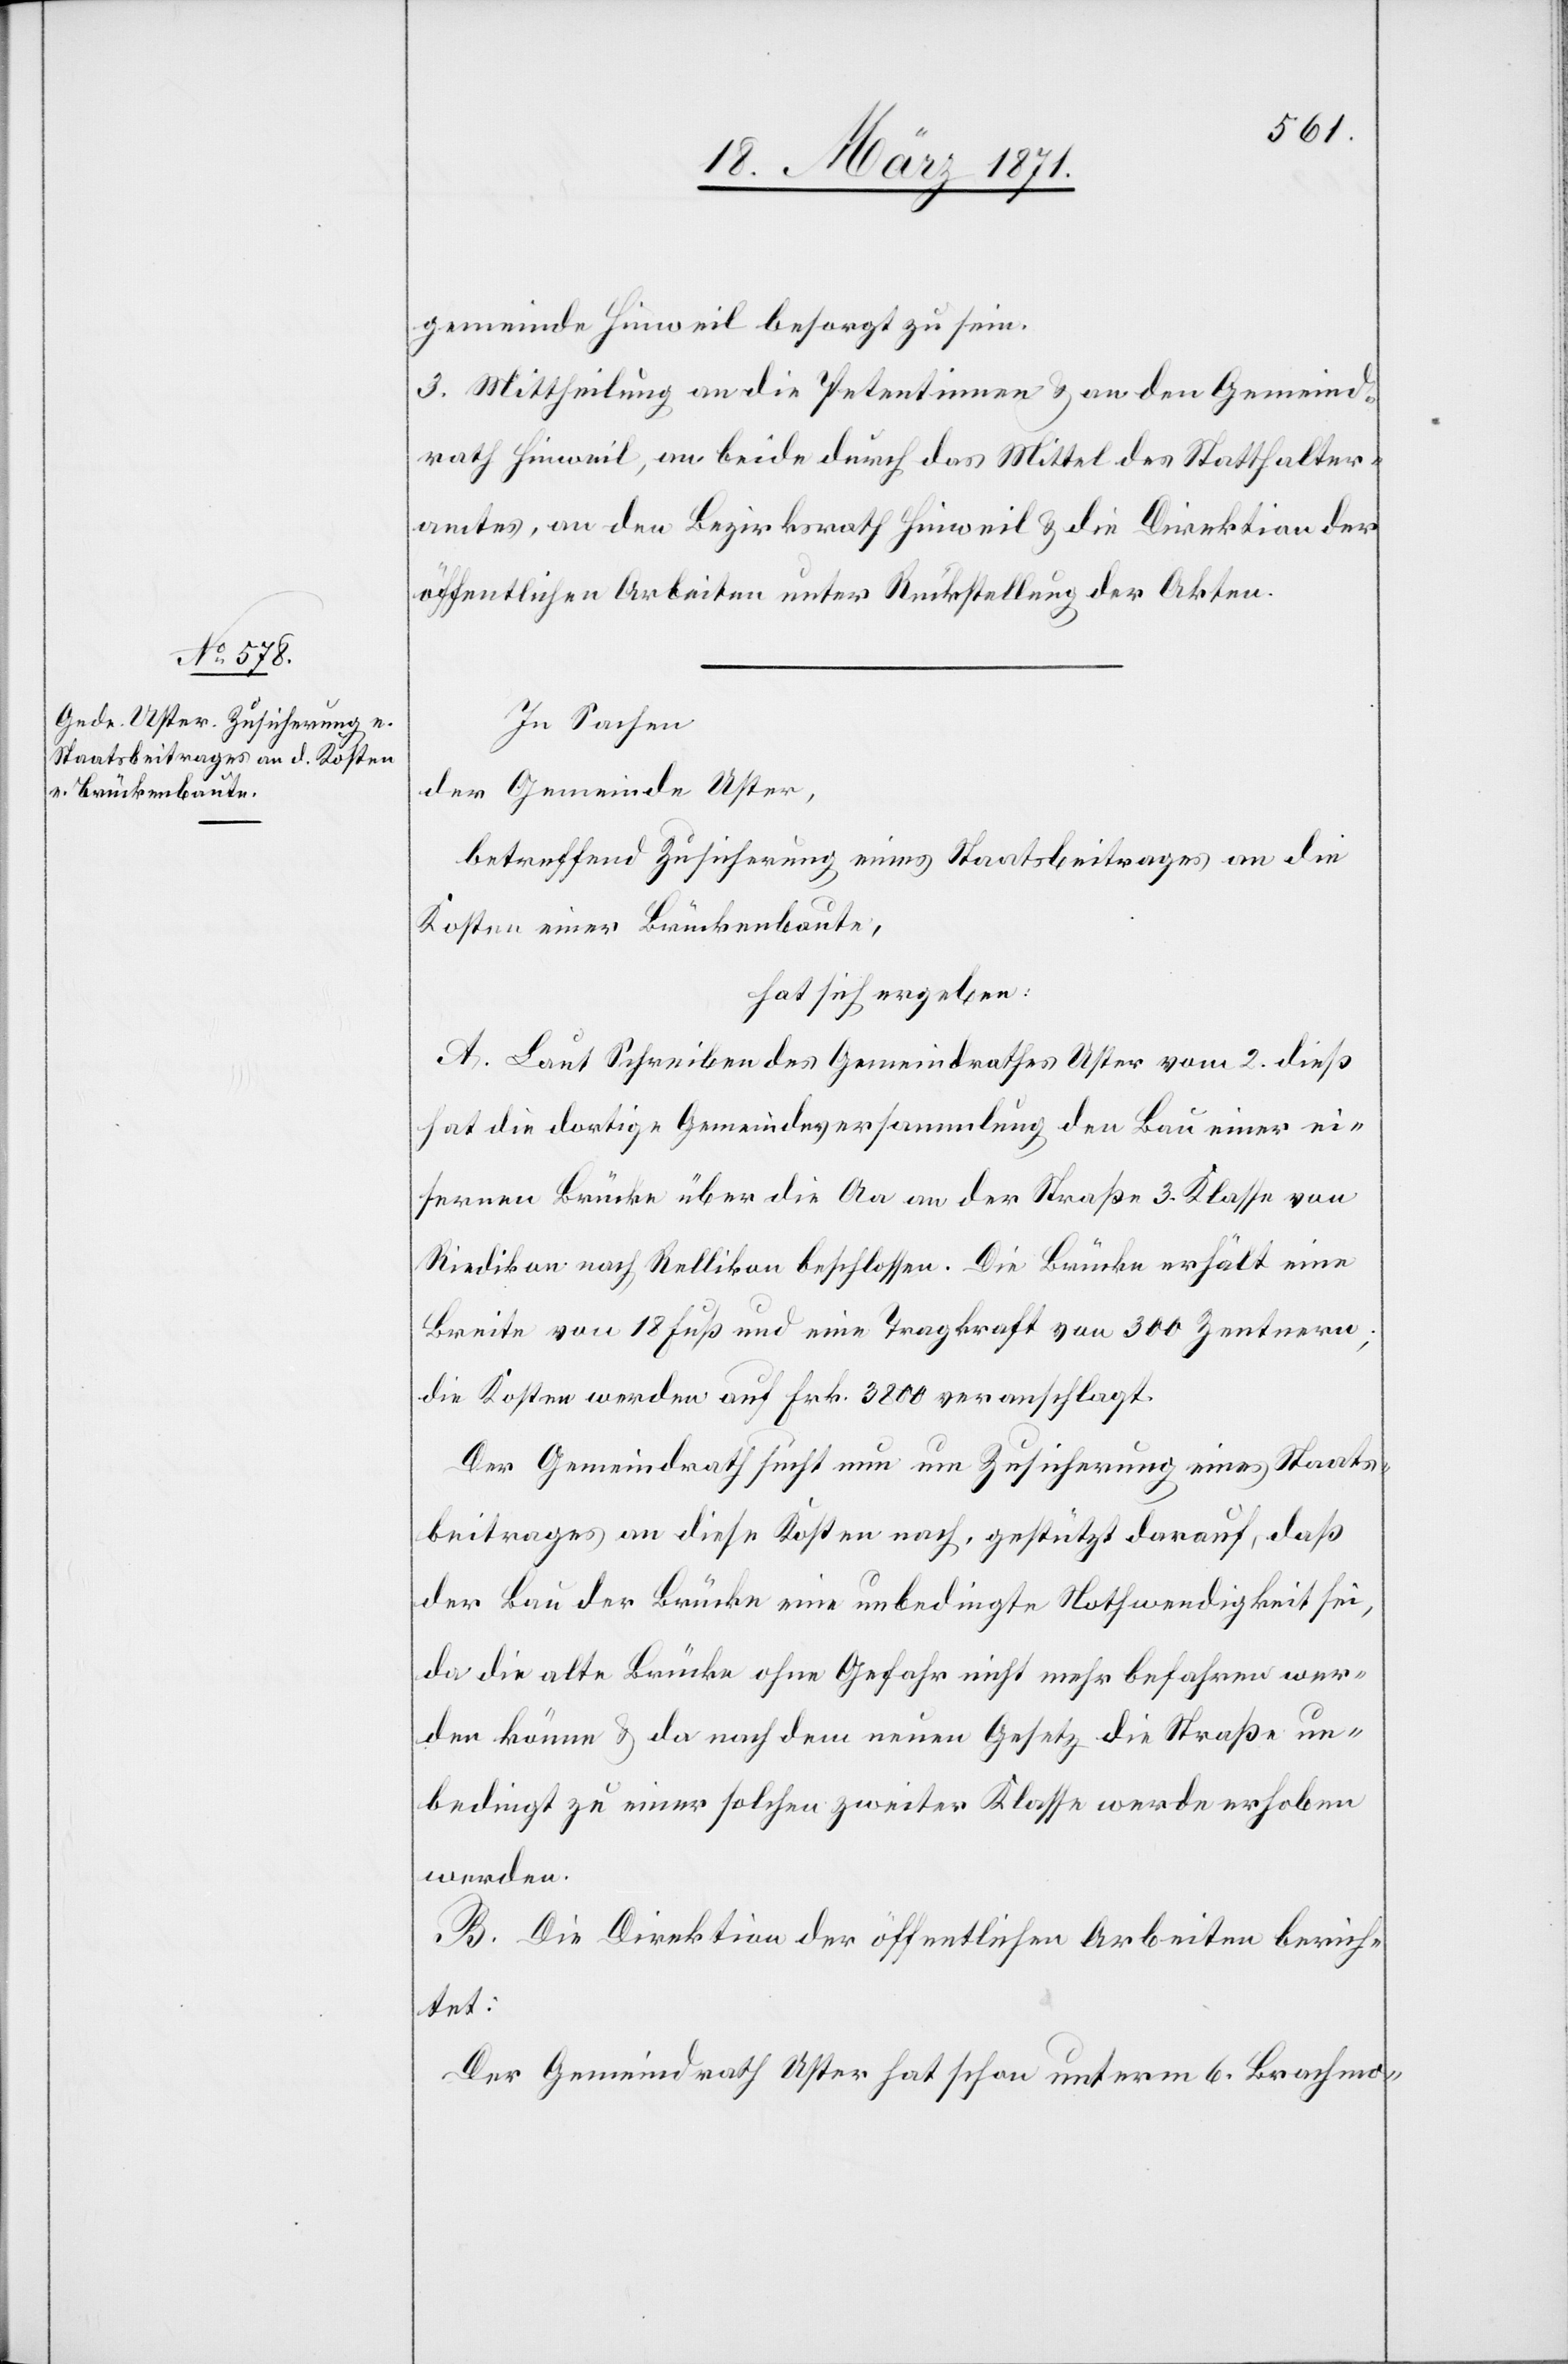
gemeinde Hinweil besorgt zu sein.
3. Mittheilung an die Petentinnen u. an den Gemeind¬
rath Hinweil, an beide durch das Mittel des Statthalter¬
amtes, an den Bezirksrath Hinweil u. die Direktion der
öffentlichen Arbeiten unter Rückstellung der Akten.
In Sachen
der Gemeinde Uster,
betreffend Zusicherung eines Staatsbeitrages an die
Kosten einer Brückenbaute,
hat sich ergeben:
A. Laut Schreiben des Gemeindrathes Uster vom 2. dieß
hat die dortige Gemeindeversammlung den Bau einer ei¬
sernen Brücke über die Aa an der Straße 3. Klasse von
Riedikon nach Rellikon beschlossen. Die Brücke erhält eine
Breite von 18 Fuß und eine Tragkraft von 300 Zentnern;
die Kosten werden auf Frk. 3800 veranschlagt.
Der Gemeindrath sucht nun um Zusicherung eines Staats¬
beitrages an diese Kosten nach, gestützt darauf, daß
der Bau der Brücke eine unbedingte Nothwendigkeit sei,
da die alte Brücke ohne Gefahr nicht mehr befahren wer¬
den könne u. da nach dem neuen Gesetz die Straße un¬
bedingt zu einer solchen zweiter Klasse werde erhoben
werden.
B. Die Direktion der öffentlichen Arbeiten berich¬
tet:
Der Gemeindrath Uster hat schon unterm 6. Brachmo-